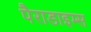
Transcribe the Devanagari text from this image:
पैराडाइम्स